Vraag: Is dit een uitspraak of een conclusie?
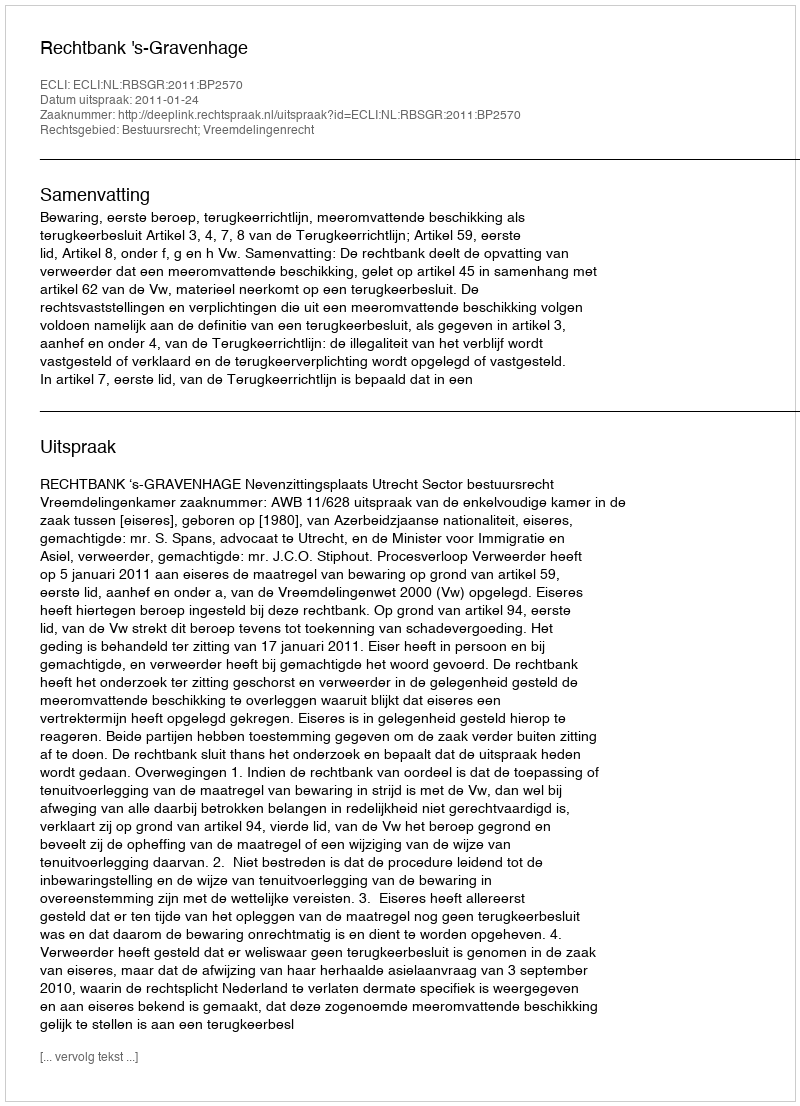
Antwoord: Uitspraak